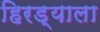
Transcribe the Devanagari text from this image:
हिरड्याला